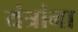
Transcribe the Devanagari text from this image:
यंत्रांना